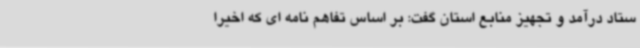
ستاد درآمد و تجهیز منابع استان گفت: بر اساس تفاهم نامه ای که اخیراً